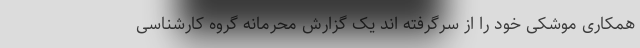
همکاری موشکی خود را از سرگرفته اند یک گزارش محرمانه گروه کارشناسی